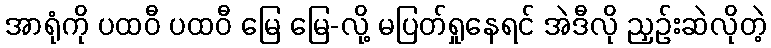
အာရုံကို ပထဝီ ပထဝီ မြေ မြေ-လို့ မပြတ်ရှုနေရင် အဲဒီလို ညှဉ်းဆဲလိုတဲ့